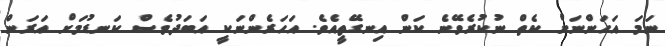
ނަމަ އަހަންނަށް ކެތް ނުކުރެވޭނެ ކަން އިނގޭތީއެވެ. އަހަރެންނަކީ އަބަދުވެސް ކަނޑުމަށް އަރަން